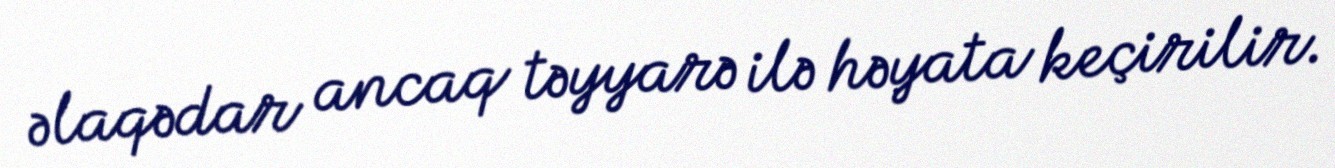
əlaqədar ancaq təyyarə ilə həyata keçirilir.